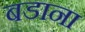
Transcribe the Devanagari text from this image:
बडाना